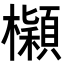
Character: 𣟤